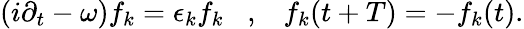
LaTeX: (i\partial_{t}-\omega)f_{k}=\epsilon_{k}f_{k}\; \; \; ,\; \; \; f_{k}(t+T)=-f_{k}(t).